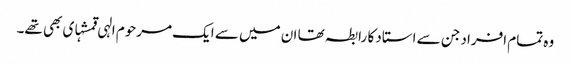
وہ تمام افراد جن سے استاد کا رابطہ تھا ان میں سے ایک مرحوم الہی قمشہ‏ای بھی تھے۔